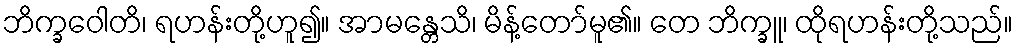
ဘိက္ခဝေါတိ၊ ရဟန်းတို့ဟူ၍။ အာမန္တေသိ၊ မိန့်တော်မူ၏။ တေ ဘိက္ခူ၊ ထိုရဟန်းတို့သည်။